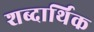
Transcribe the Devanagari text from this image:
शब्दार्थिक